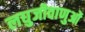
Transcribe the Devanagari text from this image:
लघुजीवाणुओं